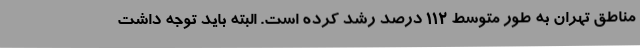
مناطق تهران به طور متوسط ۱۱۲ درصد رشد کرده است. البته باید توجه داشت